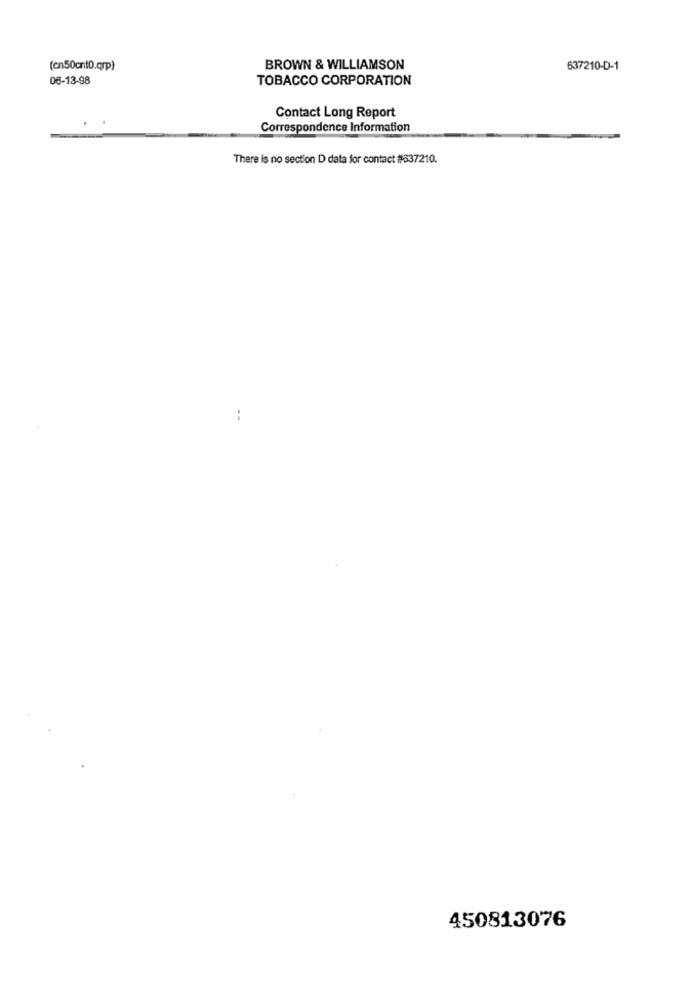
(cn50cnt0.qrp)
BROWN & WILLIAMSON
637210-D-1
06-13-98
TOBACCO CORPORATION
Contact Long Report
Correspondence Information
There is no section D data for contact #337210.
--
450813076